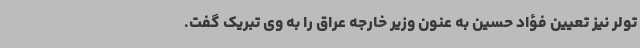
تولر نیز تعیین فؤاد حسین به عنون وزیر خارجه عراق را به وی تبریک گفت.